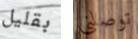
بقليل توصلني